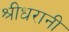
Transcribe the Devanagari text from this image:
श्रीधरानी